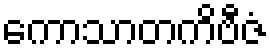
ကောသာတကိဗီဇံ